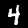
Digit: 4